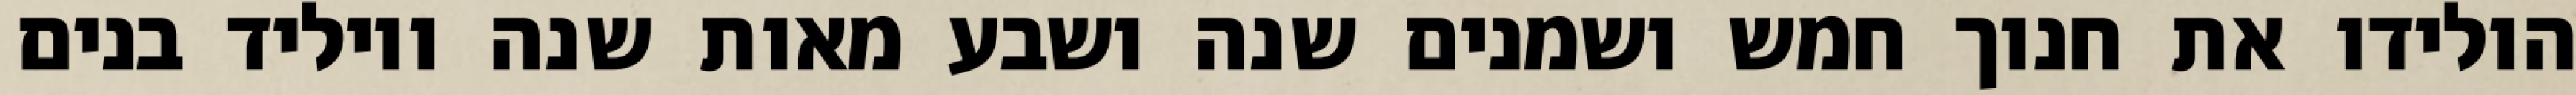
הולידו את חנוך חמש ושמנים שנה ושבע מאות שנה ויוליד בנים